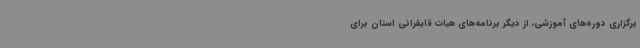
برگزاری دوره‌های آموزشی، از دیگر برنامه‌های هیات قایقرانی استان برای